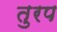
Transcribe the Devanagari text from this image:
तुरप